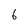
Character: 6